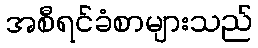
အစီရင်ခံစာများသည်